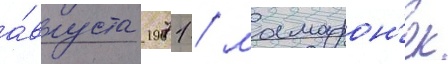
а́вгуста 1971 / мамарон'ек